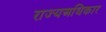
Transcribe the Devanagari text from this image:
राज्यअधिकार